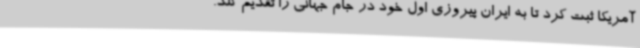
آمریکا ثبت کرد تا به ایران پیروزی اول خود در جام جهانی را تقدیم کند.